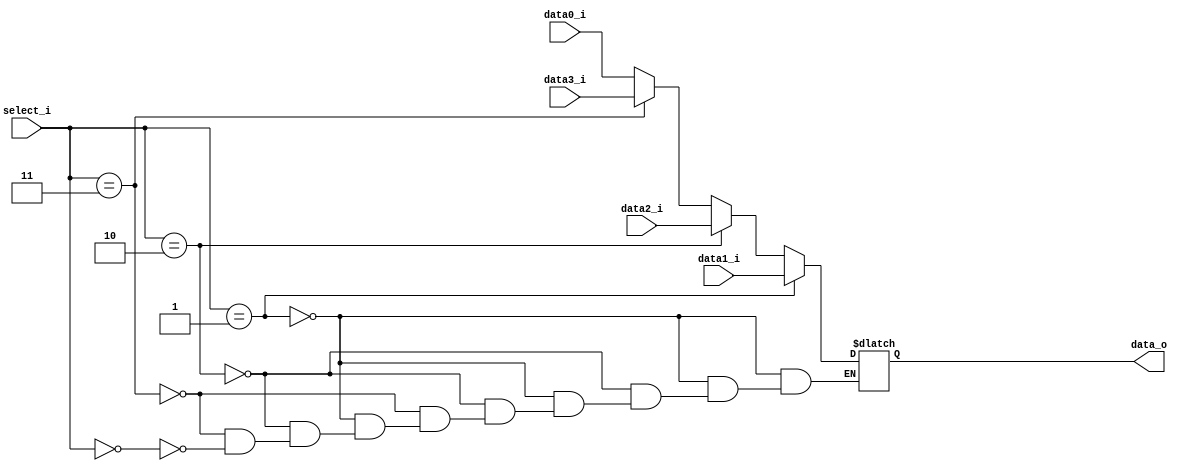
module MUX_4to1(
               data0_i,
               data1_i,
			   data2_i,
			   data3_i,
               select_i,
               data_o
               );

parameter size = 0;			   
			
//I/O ports               
input   [size-1:0] data0_i;          
input   [size-1:0] data1_i;
input   [size-1:0] data2_i;
input   [size-1:0] data3_i;
input   [2-1:0]    select_i;
output  [size-1:0] data_o; 

//Internal Signals
reg     [size-1:0] data_o;

//Main function
always @(*)
begin
  //data_o = (select_i==1)? data1_i: ((select_i==2)? data2_i: (select_i==3)? data3_i: data0_i);
  if(select_i==1)data_o = data1_i;
  else if(select_i==2)data_o = data2_i;
  else if(select_i==3)data_o = data3_i;
  else if(select_i==0)data_o = data0_i;
end
 
endmodule